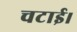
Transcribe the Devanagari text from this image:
चटाई।